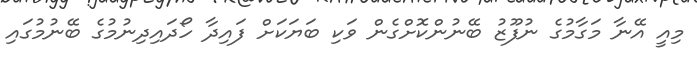
މިއީ އޭނާ މަގާމުގެ ނުފޫޒު ބޭނުންކޮށްގެން ވަކި ބަޔަކަށް ފައިދާ ހޯދައިދިނުމުގެ ބޭނުމުގައި